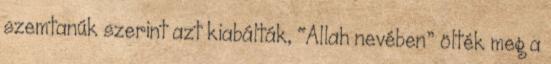
szemtanúk szerint azt kiabálták, “Allah nevében” ölték meg a